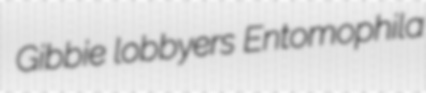
Gibbie lobbyers Entomophila